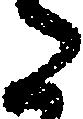
た